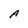
Character: A